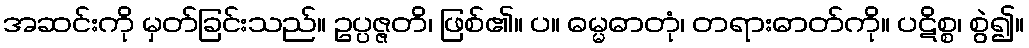
အဆင်းကို မှတ်ခြင်းသည်။ ဥပ္ပဇ္ဇတိ၊ ဖြစ်၏။ ပ။ ဓမ္မဓာတုံ၊ တရားဓာတ်ကို။ ပဋိစ္စ၊ စွဲ၍။